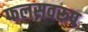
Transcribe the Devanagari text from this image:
फलसवरूप